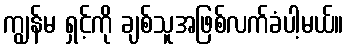
ကျွန်မ ရှင့်ကို ချစ်သူအဖြစ်လက်ခံပါ့မယ်။